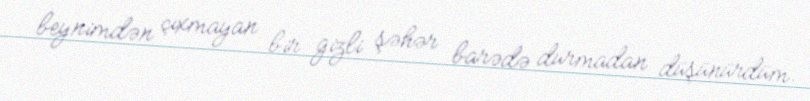
beynimdən çıxmayan bir gizli şəhər barədə durmadan düşünürdüm.